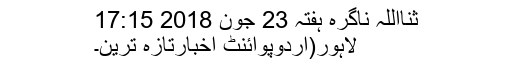
ثنااللہ ناگرہ ہفتہ 23 جون 2018 17:15
لاہور(اُردوپوائنٹ اخبارتازہ ترین۔